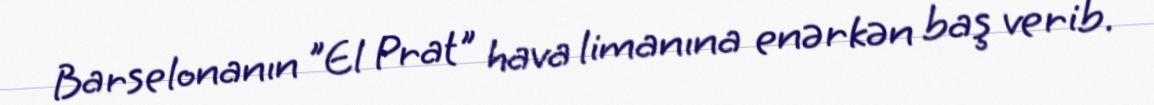
Barselonanın "El Prat" hava limanına enərkən baş verib.